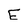
Character: E